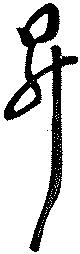
昇